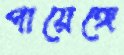
পায়েঙ্গে